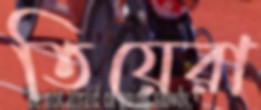
তিয়েরা